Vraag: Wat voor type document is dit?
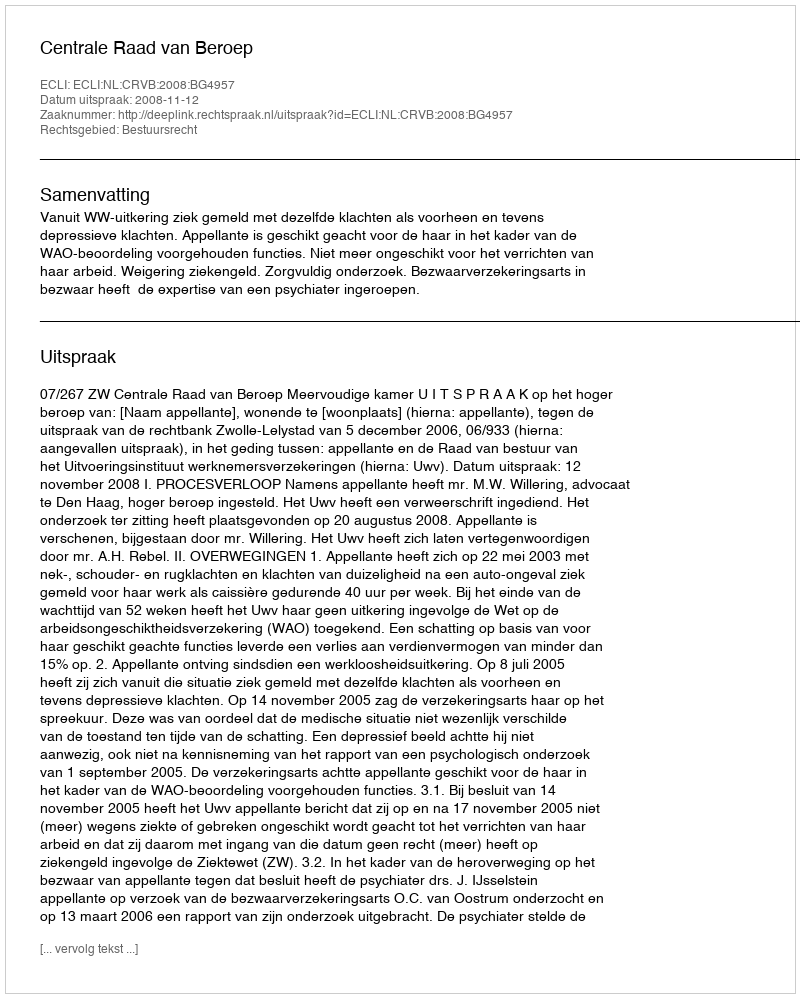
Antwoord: Uitspraak